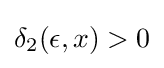
\delta _{2}(\epsilon ,x)>0